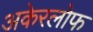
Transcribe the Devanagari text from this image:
अकेरलोफ